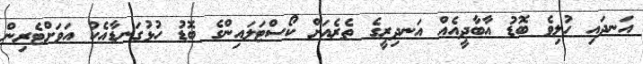
އަނދައި ހުލިވެ ބޮޑު އާބާދީއެއް އަނދިރީގެ ތެރެއަށް ކޯސްޓަލައިންގެ ބޮޑު ހުޅުގަނޑާއެކު އަވަށްޓެރިން